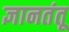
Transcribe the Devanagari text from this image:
ज्ञानतंतू